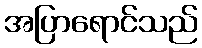
အပြာရောင်သည်